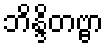
ဘိန္ဒိတဗ္ဗာ